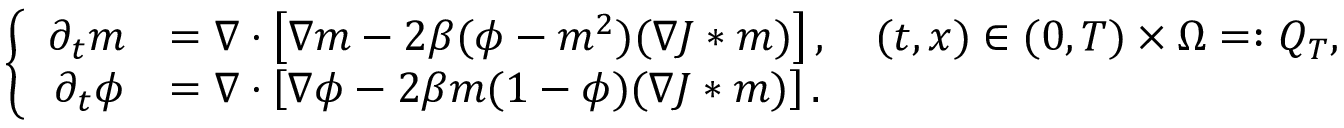
\left\lbrace \begin{array} { r l } { \partial _ { t } m } & { = \nabla \cdot \left[ \nabla m - 2 \beta ( \phi - m ^ { 2 } ) ( \nabla J * m ) \right] , \quad ( t , x ) \in ( 0 , T ) \times \Omega = : Q _ { T } , } \\ { \partial _ { t } \phi } & { = \nabla \cdot \left[ \nabla \phi - 2 \beta m ( 1 - \phi ) ( \nabla J * m ) \right] . } \end{array} \right.